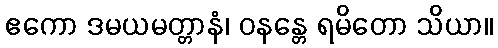
ဧကော ဒမယမတ္တာနံ၊ ဝနန္တေ ရမိတော သိယာ။